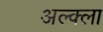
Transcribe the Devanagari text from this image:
अल्क्ला